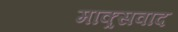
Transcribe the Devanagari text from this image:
माक्र्सवाद